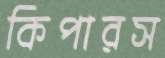
কিপারস